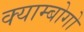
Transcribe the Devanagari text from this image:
क्याम्बोगो